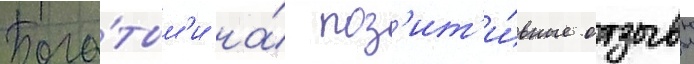
Бога́тым'и на́ поз'ит'и́вные отзывы